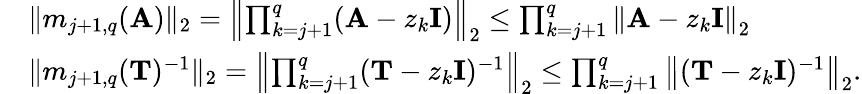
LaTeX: \begin{array}{rl}&{\| m_{j+1,q}(\mathbf{A})\| _{2}=\left\| \prod_{k=j+1}^{q}(\mathbf{A}-z_{k}\mathbf{I})\right\| _{2}\leq\prod_{k=j+1}^{q}\left\| \mathbf{A}-z_{k}\mathbf{I}\right\| _{2}}\\ &{\| m_{j+1,q}(\mathbf{T})^{-1}\| _{2}=\left\| \prod_{k=j+1}^{q}(\mathbf{T}-z_{k}\mathbf{I})^{-1}\right\| _{2}\leq\prod_{k=j+1}^{q}\left\| (\mathbf{T}-z_{k}\mathbf{I})^{-1}\right\| _{2}.}\end{array}